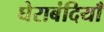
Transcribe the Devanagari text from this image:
घेराबंदियाँ